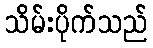
သိမ်းပိုက်သည်